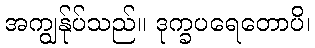
အကျွန်ုပ်သည်။ ဒုက္ခပရေတောပိ၊